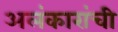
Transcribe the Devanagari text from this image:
अलंकारांची